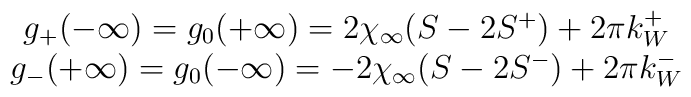
\begin{array}{c}g_{+}(-\infty )=g_{0}(+\infty )=2\chi _{\infty }(S-2S^{+})+2\pi k_{W}^{+}\\g_{-}(+\infty )=g_{0}(-\infty )=-2\chi _{\infty }(S-2S^{-})+2\pi k_{W}^{-}\end{array}